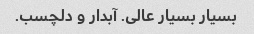
بسیار بسیار عالی. آبدار و دلچسب.